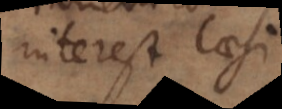
interest laesi.